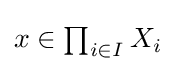
{\textstyle x\in \prod _{i\in I}X_{i}}